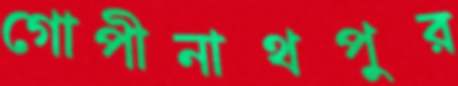
গোপীনাথপুর